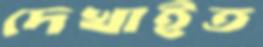
দেখাইত